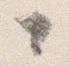
々